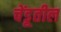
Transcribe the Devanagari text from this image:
चेंडूतील